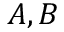
A , B